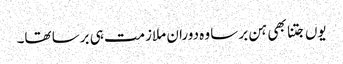
یوں جتنا بھی ہن برسا وہ دوران ملازمت ہی برسا تھا۔